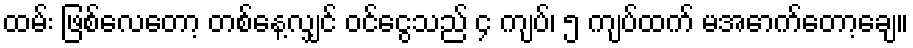
ထမ်း ဖြစ်လေတော့ တစ်နေ့လျှင် ဝင်ငွေသည် ၄ ကျပ်၊ ၅ ကျပ်ထက် မအောက်တော့ချေ။